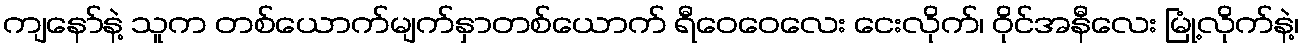
ကျနော်နဲ့ သူက တစ်ယောက်မျက်နှာတစ်ယောက် ရီဝေဝေလေး ငေးလိုက်၊ ဝိုင်အနီလေး မြုံ့လိုက်နဲ့၊